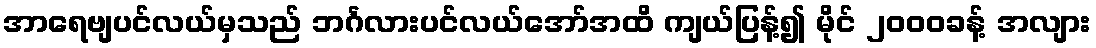
အာရေဗျပင်လယ်မှသည် ဘင်္ဂလားပင်လယ်အော်အထိ ကျယ်ပြန့်၍ မိုင် ၂၀၀၀ခန့် အလျား